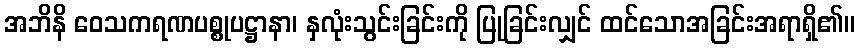
အဘိနိ ဝေသကရဏပစ္စုပဋ္ဌာနာ၊ နှလုံးသွင်းခြင်းကို ပြုခြင်းလျှင် ထင်သောအခြင်းအရာရှိ၏။